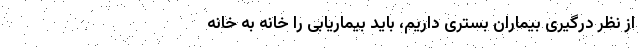
از نظر درگیری بیماران بستری داریم، باید بیماریابی را خانه به خانه